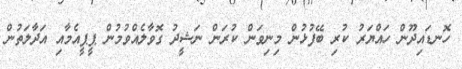
ހޮނޑައިދޫން ހައްޔަރު ކުރި ބޭފުޅުން މިނިވަން ކުރަން ނަޝީދު ގޮވާލެއްވުމުން ޕީޕީއެމާއި އަދާލަތުން